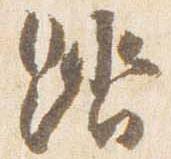
踏